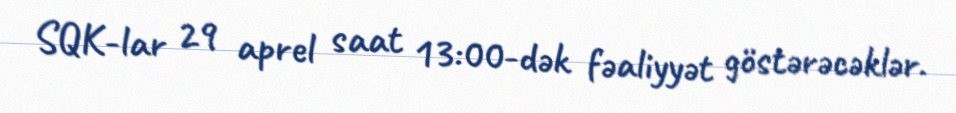
SQK-lar 29 aprel saat 13:00-dək fəaliyyət göstərəcəklər.